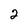
Character: 2